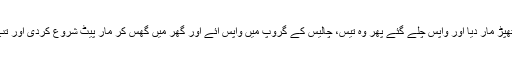
انھوں نے معاملہ پوچھا اور اسی میں ایک بائیک سوار نے ان کو تھپڑ مار دیا اور واپس چلے گئے پھر وہ تیس، چالیس کے گروپ میں واپس آئے اور گھر میں گھس کر مار پیٹ شروع کردی اور تب تک مارتے رہے جب تک ان میں سے ایک بے ہوش نہیں ہوگیا۔